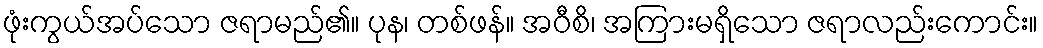
ဖုံးကွယ်အပ်သော ဇရာမည်၏။ ပုန၊ တစ်ဖန်။ အဝီစိ၊ အကြားမရှိသော ဇရာလည်းကောင်း။